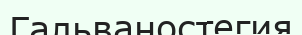
Гальваностегия